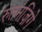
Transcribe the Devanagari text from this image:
रुतनज़िगे